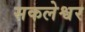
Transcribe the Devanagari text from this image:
सकलेश्वर